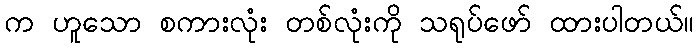
က ဟူသော စကားလုံး တစ်လုံးကို သရုပ်ဖော် ထားပါတယ်။